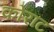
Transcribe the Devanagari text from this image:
कोरांट